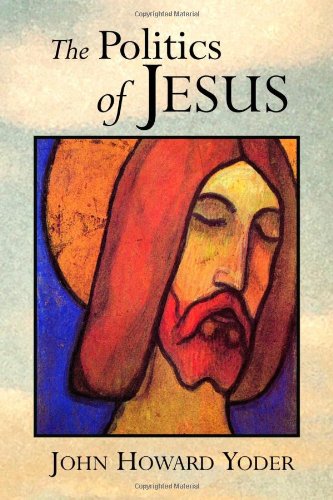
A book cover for The Politics of Jesus; John Howard Yoder; Christian Books & Bibles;